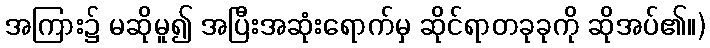
အကြား၌ မဆိုမူ၍ အပြီးအဆုံးရောက်မှ ဆိုင်ရာတခုခုကို ဆိုအပ်၏။)